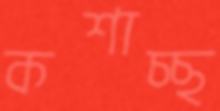
কশাচ্ছ